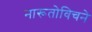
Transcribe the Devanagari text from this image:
नारूतोविचने